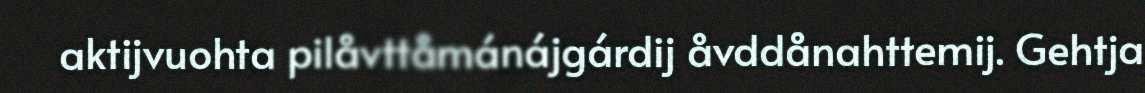
aktijvuohta pilåvttåmánájgárdij åvddånahttemij. Gehtja